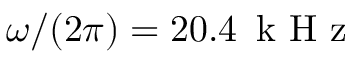
\omega / ( 2 \pi ) = 2 0 . 4 \, \mathrm { ~ k ~ H ~ z ~ }